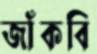
জাঁকবি